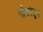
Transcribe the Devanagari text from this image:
नौकांतून